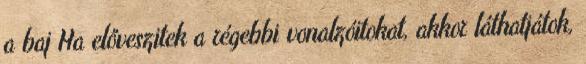
a baj Ha előveszitek a régebbi vonalzóitokat, akkor láthatjátok,